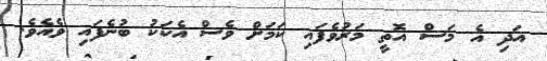
އަދި އެ މަސް އޮތީ މަރުވެފައި ކަމަށް ވެސް އެކަކު ބުނެފައި ވެއެވެ.